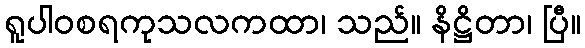
ရူပါဝစရကုသလကထာ၊ သည်။ နိဋ္ဌိတာ၊ ပြီ။